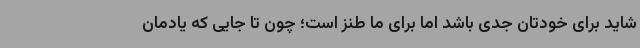
شاید برای خودتان جدی باشد اما برای ما طنز است؛ چون تا جایی که یادمان